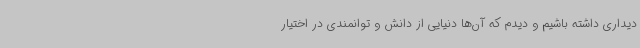
دیداری داشته باشیم و دیدم که آن‌ها دنیایی از دانش و توانمندی در اختیار